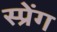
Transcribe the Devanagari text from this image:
स्प्रेंग